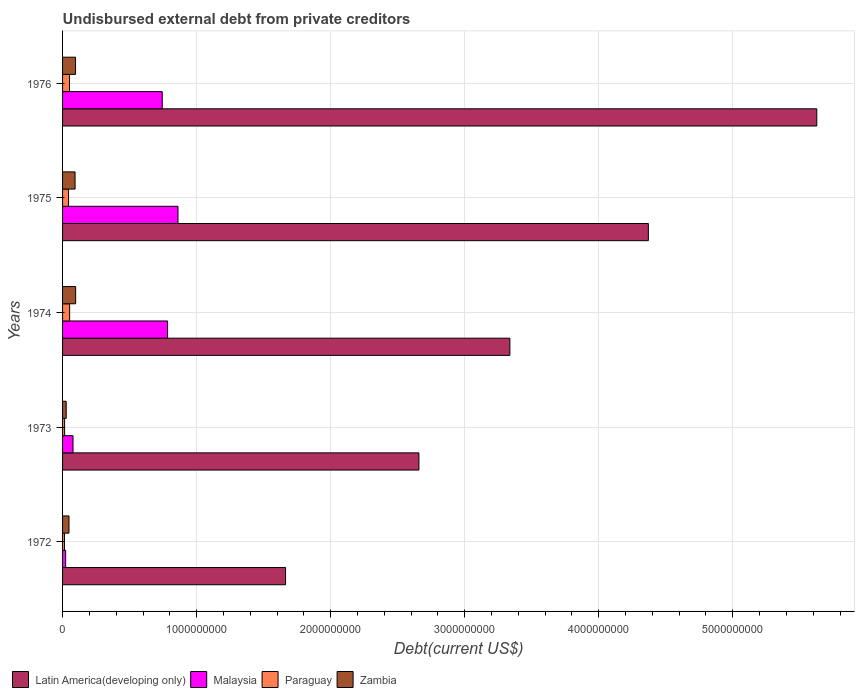
| Years | Latin America(developing only) | Malaysia | Paraguay | Zambia |
 | --- | --- | --- | --- | --- |
 | 1972 | 1.66e+09 | 2.31e+07 | 1.43e+07 | 4.8e+07 |
 | 1973 | 2.66e+09 | 7.79e+07 | 1.52e+07 | 2.71e+07 |
 | 1974 | 3.34e+09 | 7.83e+08 | 5.28e+07 | 9.76e+07 |
 | 1975 | 4.37e+09 | 8.61e+08 | 4.47e+07 | 9.32e+07 |
 | 1976 | 5.63e+09 | 7.44e+08 | 5.19e+07 | 9.68e+07 |